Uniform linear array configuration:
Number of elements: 16
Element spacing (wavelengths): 0.5
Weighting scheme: uniform
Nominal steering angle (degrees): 0
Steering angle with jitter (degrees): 0.1414
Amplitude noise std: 0.05
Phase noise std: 0.05

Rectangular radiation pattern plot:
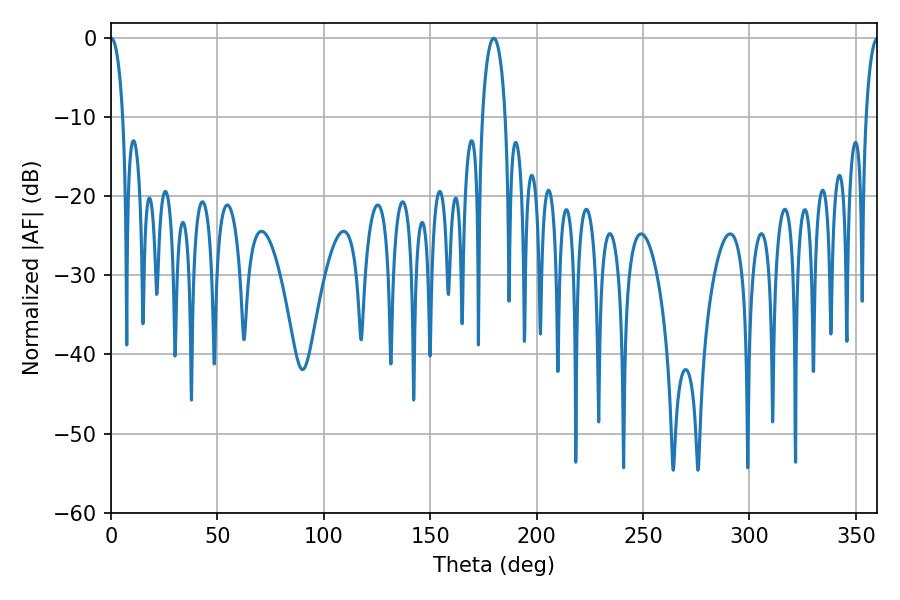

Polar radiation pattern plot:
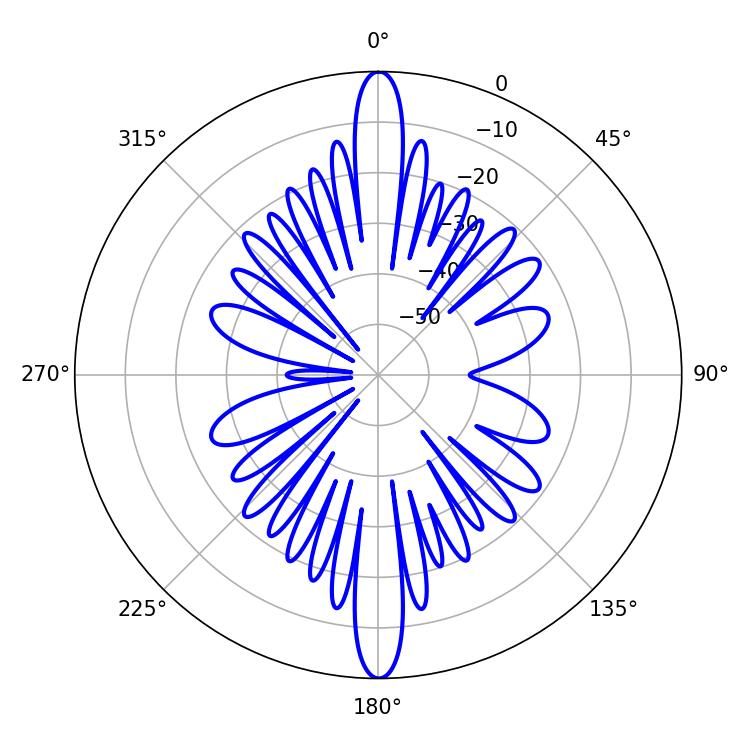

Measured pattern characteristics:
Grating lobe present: FALSE
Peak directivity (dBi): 31.053
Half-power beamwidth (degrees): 3.24
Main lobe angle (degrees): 0.18